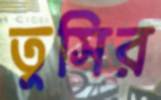
তুসির